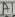
Text: A1